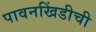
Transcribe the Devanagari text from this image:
पावनखिंडीची